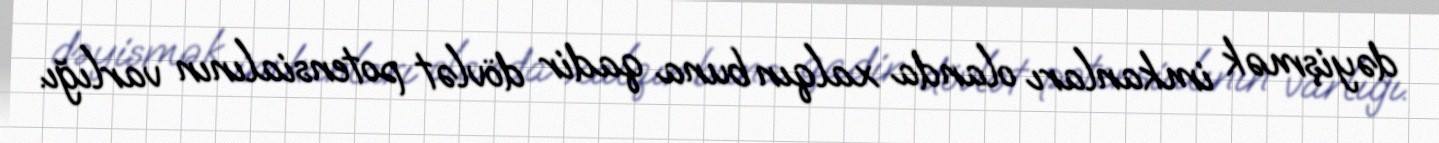
dəyişmək imkanları olanda xalqın buna qadir dövlət potensialının varlığı.